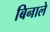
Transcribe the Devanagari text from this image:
बिनाले